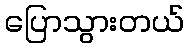
ပြောသွားတယ်